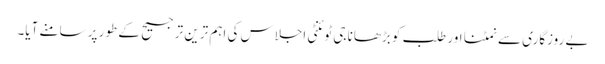
بے روزگاری سے نمٹنا اور طلب کو بڑھانا جی ٹوئنٹی اجلاس کی اہم ترین ترجیح کے طور پر سامنے آیا۔